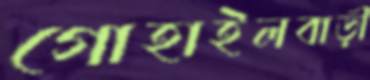
গোহাইলবাড়ী